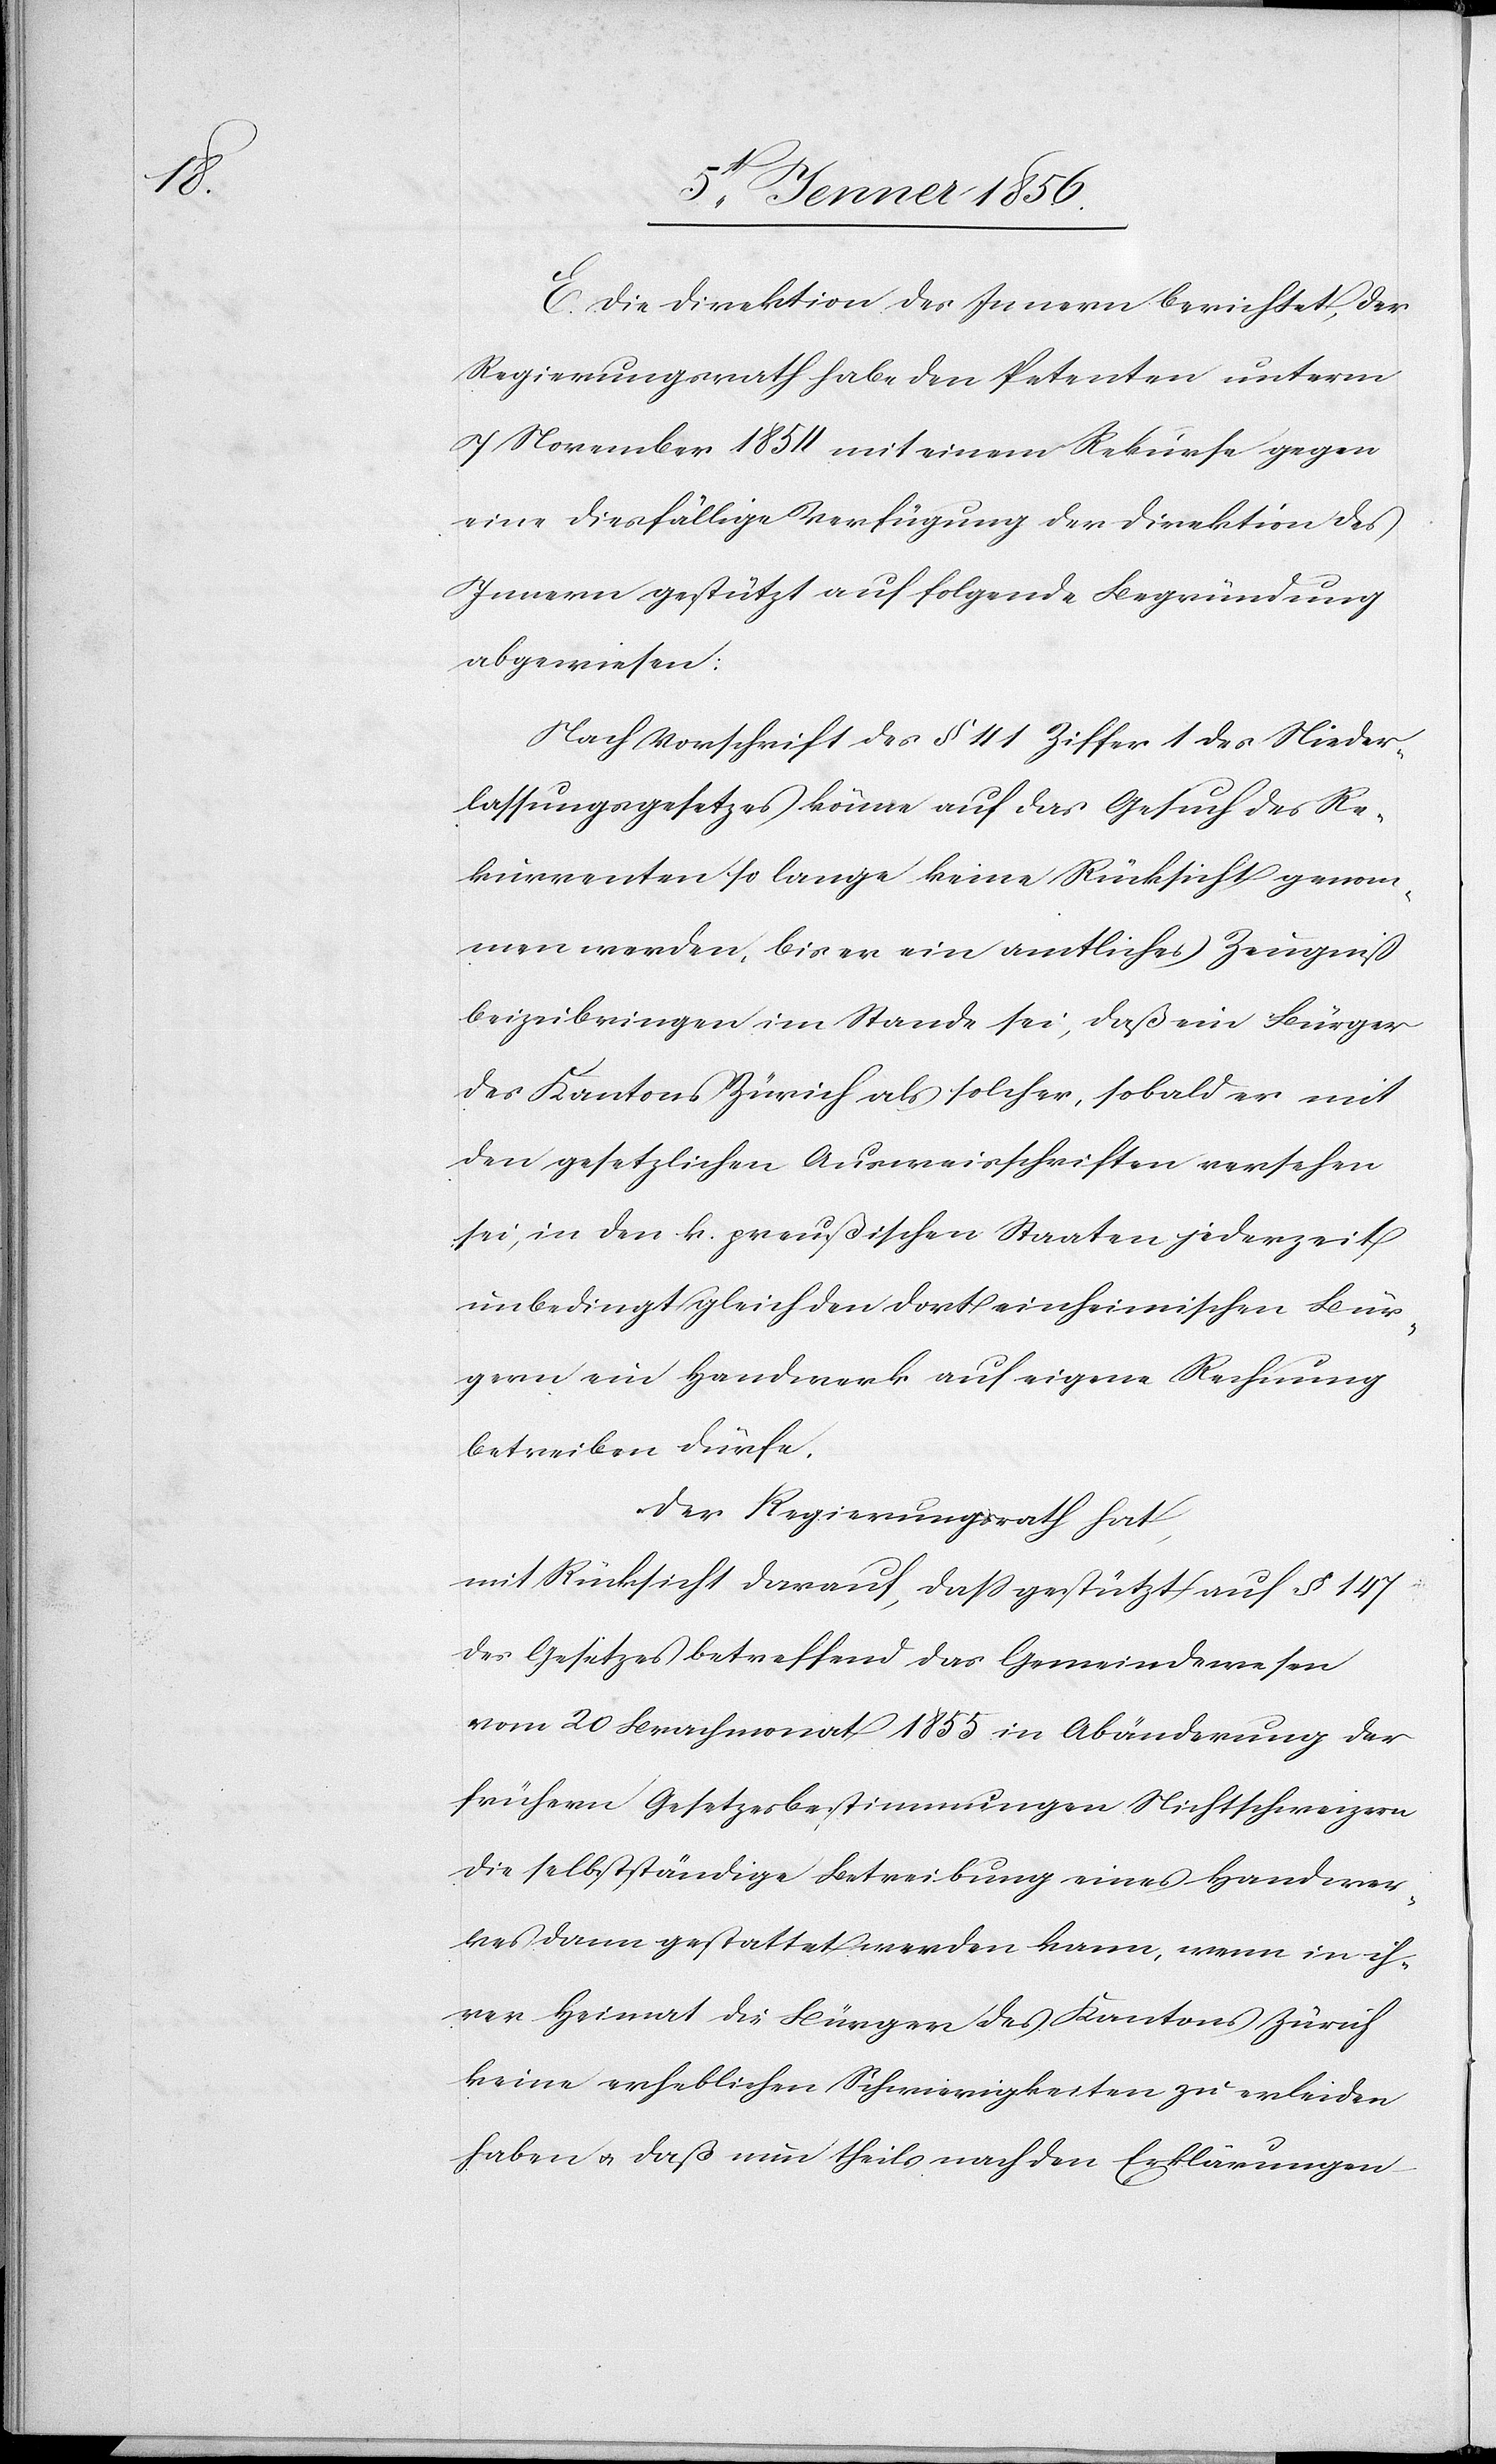
E. Die Direktion des Innern berichtet, der
Regierungsrath habe den Petenten unterm
7 November 1854 mit einem Rekurse gegen
eine diesfällige Verfügung der Direktion des
Innern gestützt auf folgende Begründung
abgewiesen:
Nach Vorschrift des § 41 Ziffer 1 des Nieder¬
lassungsgesetzes könne auf das Gesuch des Re¬
kurrenten so lange keine Rücksicht genom¬
men werden, bis er ein amtliches Zeugniß
beizubringen im Stande sei, daß ein Bürger
des Kantons Zürich als solcher, sobald er mit
den gesetzlichen Ausweisschriften versehen
sei, in den k. preußischen Staaten jederzeit
unbedingt gleich den dort einheimischen Bür¬
gern ein Handwerk auf eigene Rechnung
betreiben dürfe.
Der Regierungsrath hat,
mit Rücksicht darauf, daß gestützt auf § 147
des Gesetzes betreffend das Gemeindewesen
vom 20 Brachmonat 1855 in Abänderung der
frühern Gesetzesbestimmungen Nichtschweizern
die selbstständige Betreibung eines Handwer¬
kes dann gestattet werden kann, wenn in ih¬
rer Heimat die Bürger des Kantons Zürich
keine erheblichen Schwierigkeiten zu erleiden
haben u. daß nun theils nach den Erklärungen